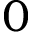
0